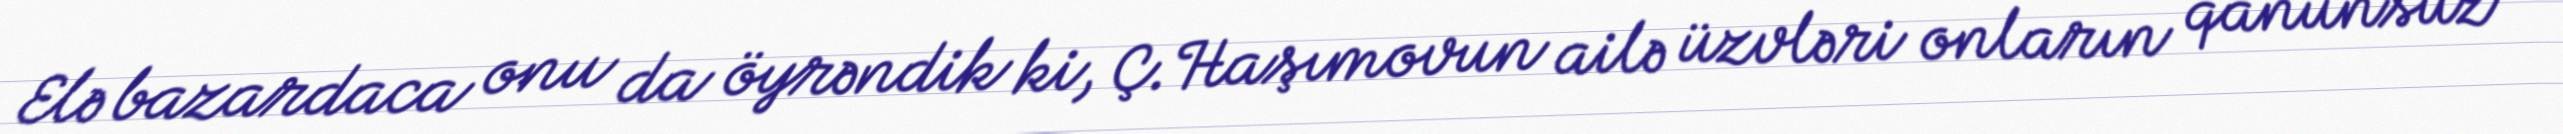
Elə bazardaca onu da öyrəndik ki, Ç.Haşımovun ailə üzvləri onların qanunsuz